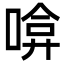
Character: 啽